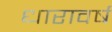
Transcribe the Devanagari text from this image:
धारावर्ष